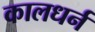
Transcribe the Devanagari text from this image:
कालधर्न